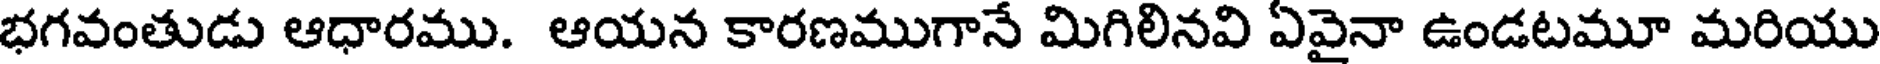
భగవంతుడు ఆధారము. ఆయన కారణముగానే మిగిలినవి ఏవైనా ఉండటమూ మరియు